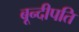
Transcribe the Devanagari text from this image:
बून्दीपति